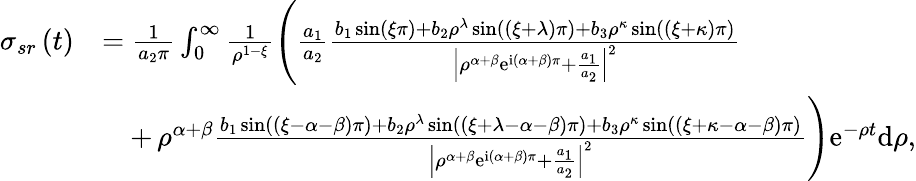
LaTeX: \begin{array}{rl}{\sigma_{sr}\left(t\right)}&{=\frac{1}{a_{2}\pi}\int_{0}^{\infty}\frac{1}{\rho^{1-\xi}}\left(\frac{a_{1}}{a_{2}}\frac{b_{1}\sin\left(\xi\pi\right)+b_{2}\rho^{\lambda}\sin\left(\left(\xi+\lambda\right)\pi\right)+b_{3}\rho^{\kappa}\sin\left(\left(\xi+\kappa\right)\pi\right)}{\left\vert\rho^{\alpha+\beta}\mathrm{e}^{\mathrm{i}\left(\alpha+\beta\right)\pi}+\frac{a_{1}}{a_{2}}\right\vert^{2}}\right.}\\ &{\quad+\left.\rho^{\alpha+\beta}\frac{b_{1}\sin\left(\left(\xi-\alpha-\beta\right)\pi\right)+b_{2}\rho^{\lambda}\sin\left(\left(\xi+\lambda-\alpha-\beta\right)\pi\right)+b_{3}\rho^{\kappa}\sin\left(\left(\xi+\kappa-\alpha-\beta\right)\pi\right)}{\left\vert\rho^{\alpha+\beta}\mathrm{e}^{\mathrm{i}\left(\alpha+\beta\right)\pi}+\frac{a_{1}}{a_{2}}\right\vert^{2}}\right)\mathrm{e}^{-\rho t}\mathrm{d}\rho,}\end{array}